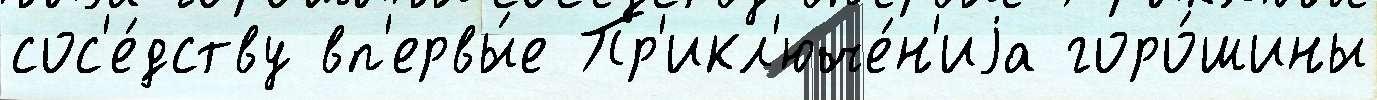
сос'е́дству вп'ервы́е Пр'икл'юче́н'иjа горо́шины